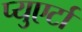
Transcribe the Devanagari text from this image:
प्युएर्टा